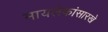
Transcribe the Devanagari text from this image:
मायलेकांसारखे